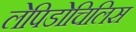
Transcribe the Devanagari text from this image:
लेपिडोचिलिस